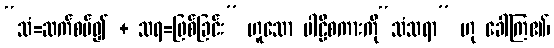
“သံ=ဆက်စပ်၍ + သရ=ဖြစ်ခြင်း” ဟူသော ပါဠိစကားကို“သံသရာ” ဟု ခေါ်ကြ၏၊